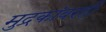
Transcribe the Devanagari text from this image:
मुद्रकांवरही